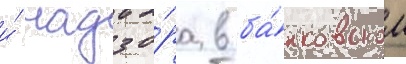
и́ надзо́ра в ба́нковском